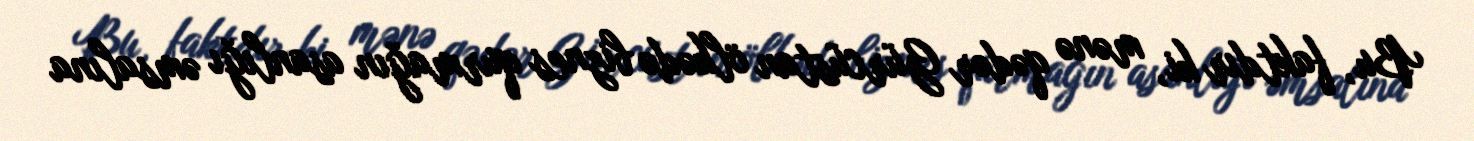
Bu, faktdır ki, mənə qədər Gürcüstan ölkədə biznes qurmağın asanlığı əmsalına